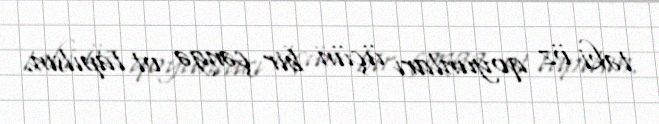
təki öz qoyunları üçün bir çəngə ot tapılsın.